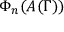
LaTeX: \Phi _ { n } ( A ( \Gamma ) )